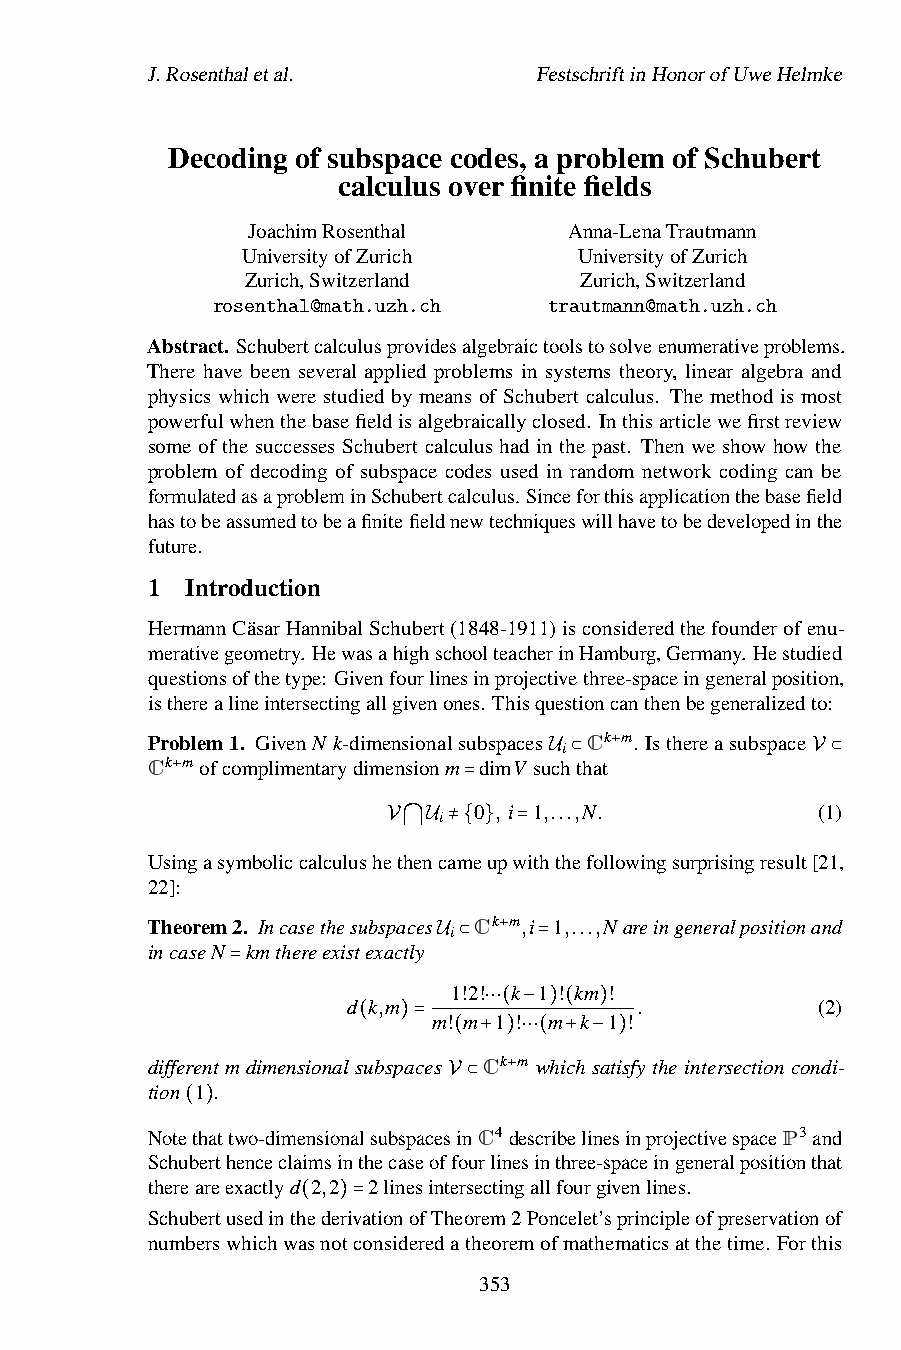
J.Rosenthaletal.          FestschriftinHonorofUweHelmke
 Decoding of subspace codes, a problem of Schubert
 calculus over finite fields
 JoachimRosenthal      Anna-LenaTrautmann
 UniversityofZurich    UniversityofZurich
 Zurich,Switzerland    Zurich,Switzerland
 rosenthal@math.uzh.ch trautmann@math.uzh.ch
 Abstract. Schubertcalculusprovidesalgebraictoolstosolveenumerativeproblems.
 There have been several applied problems in systems theory, linear algebra and
 physics which were studied by means of Schubert calculus. The method is most
 powerfulwhenthebasefieldisalgebraicallyclosed. Inthisarticlewefirstreview
 some of the successes Schubert calculus had in the past. Then we show how the
 problem of decoding of subspace codes used in random network coding can be
 formulatedasaprobleminSchubertcalculus. Sinceforthisapplicationthebasefield
 hastobeassumedtobeafinitefieldnewtechniqueswillhavetobedevelopedinthe
 future.
 1 Introduction
 HermannCäsarHannibalSchubert(1848-1911)isconsideredthefounderofenu-
 merativegeometry. HewasahighschoolteacherinHamburg,Germany. Hestudied
 questionsofthetype: Givenfourlinesinprojectivethree-spaceingeneralposition,
 istherealineintersectingallgivenones. Thisquestioncanthenbegeneralizedto:
 Problem1. GivenN k-dimensionalsubspaces Ck m. Isthereasubspace
 i
 Ck mofcomplimentarydimensionm dimV suchthat+
 U ⊂               V⊂
 +
 i
 =0 , i 1,...,N.        (1)
 UsingasymboliccalculusheVth⋂enUca≠m{e}upw=iththefollowingsurprisingresult[21,
 22]:
 Theorem2. Incasethesubspaces Ck m,i 1,...,Nareingeneralpositionand
 i
 incaseN kmthereexistexactly
 +
 U ⊂    =
 =              1!2! k 1 ! km !
 d k,m              .           (2)
 m! m 1 ! m k 1 !
 ⋯( − ) ( )
 ( )=
 different m dimensional subspaces ( +Ck)m⋯w(hi+ch s−ati)sfy theintersection condi-
 tion 1 .                +
 V ⊂
 Note(th)attwo-dimensionalsubspacesinC4describelinesinprojectivespaceP3and
 Schuberthenceclaimsinthecaseoffourlinesinthree-spaceingeneralpositionthat
 thereareexactlyd 2,2 2linesintersectingallfourgivenlines.
 SchubertusedinthederivationofTheorem2Poncelet’sprincipleofpreservationof
 ( )=
 numberswhichwasnotconsideredatheoremofmathematicsatthetime. Forthis
 353